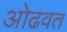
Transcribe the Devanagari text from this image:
ओढवत